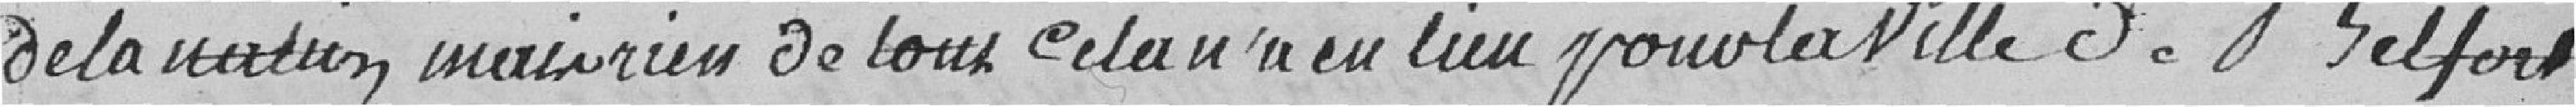
de la Nation mais rien de tout cela n'a eu lieu pour la ville de Belfort